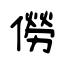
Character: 僗